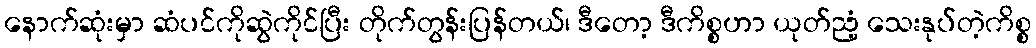
နောက်ဆုံးမှာ ဆံပင်ကိုဆွဲကိုင်ပြီး တိုက်တွန်းပြန်တယ်၊ ဒီတော့ ဒီကိစ္စဟာ ယုတ်ညံ့ သေးနုပ်တဲ့ကိစ္စ